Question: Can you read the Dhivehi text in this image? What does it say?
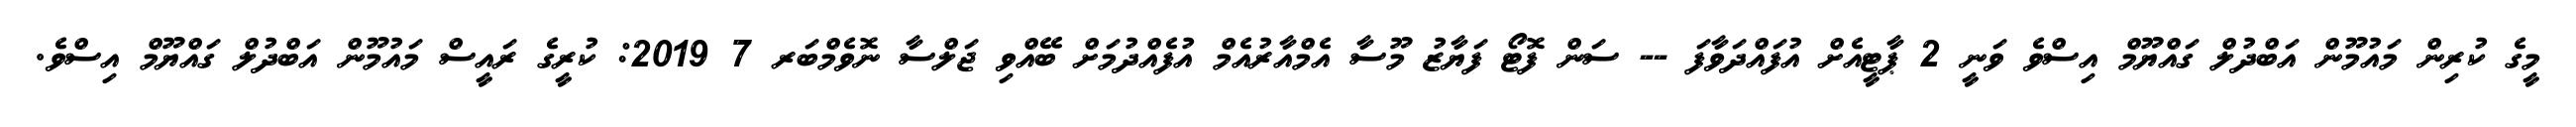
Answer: މީގެ ކުރިން މައުމޫން އަބްދުލް ގައްޔޫމް އިސްވެ ވަނީ 2 ޕާޓީއެށް އުފައްދަވާފަ -- ސަން ފޮޓޯ ފަޔާޒު މޫސާ އެމްއާރުއެމް އުފެއްދުމަށް ބޭއްވި ޖަލްސާ ނޮވެމްބަރ 7 2019: ކުރީގެ ރައީސް މައުމޫން އަބްދުލް ގައްޔޫމް އިސްވެ.